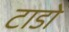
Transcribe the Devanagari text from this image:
टाडो